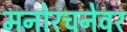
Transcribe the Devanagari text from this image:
मनोरचनेवर